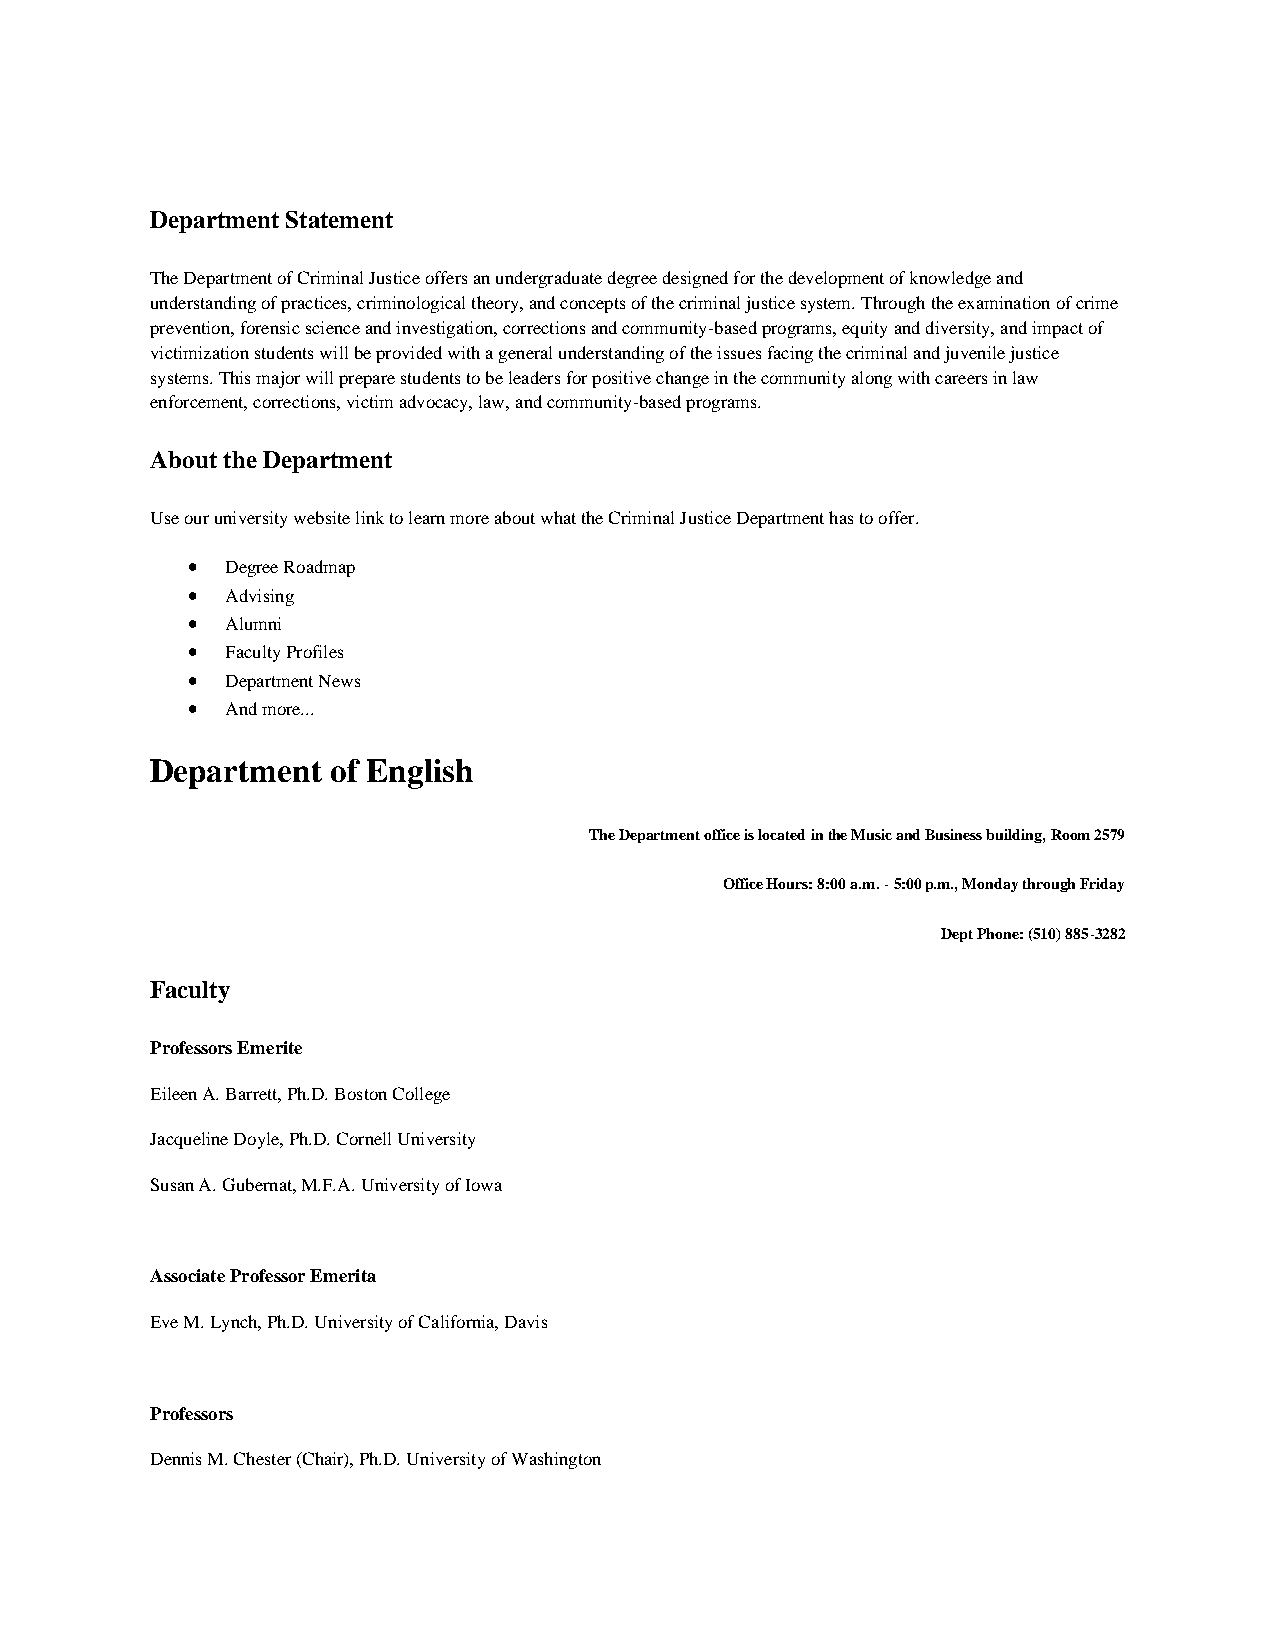
Department Statement
 The Department of Criminal Justice offers an undergraduate degree designed for the development of knowledge and
 understanding of practices, criminological theory, and concepts of the criminal justice system. Through the examination of crime
 prevention, forensic science and investigation, corrections and community-based programs, equity and diversity, and impact of
 victimization students will be provided with a general understanding of the issues facing the criminal and juvenile justice
 systems. This major will prepare students to be leaders for positive change in the community along with careers in law
 enforcement, corrections, victim advocacy, law, and community-based programs.
 About the Department
 Use our university website link to learn more about what the Criminal Justice Department has to offer.
 •  Degree Roadmap
 •  Advising
 •  Alumni
 •  Faculty Profiles
 •  Department News
 •  And more...
 Department  of English
 The Department office is located in the Music and Business building, Room 2579
 Office Hours: 8:00 a.m. - 5:00 p.m., Monday through Friday
 Dept Phone: (510) 885-3282
 Faculty
 Professors Emerite
 Eileen A. Barrett, Ph.D. Boston College
 Jacqueline Doyle, Ph.D. Cornell University
 Susan A. Gubernat, M.F.A. University of Iowa
 Associate Professor Emerita
 Eve M. Lynch, Ph.D. University of California, Davis
 Professors
 Dennis M. Chester (Chair), Ph.D. University of Washington